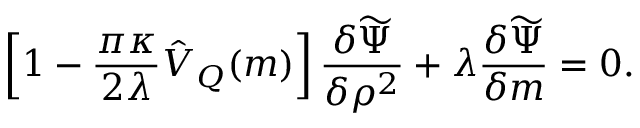
\left[ 1 - \frac { \pi \kappa } { 2 \lambda } \hat { V } _ { Q } ( m ) \right] \frac { \delta \widetilde \Psi } { \delta \rho ^ { 2 } } + \lambda \frac { \delta \widetilde \Psi } { \delta m } = 0 .